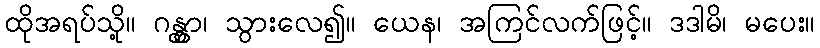
ထိုအရပ်သို့။ ဂန္တွာ၊ သွားလေ၍။ ယေန၊ အကြင်လက်ဖြင့်။ ဒဒါမိ၊ မပေး။